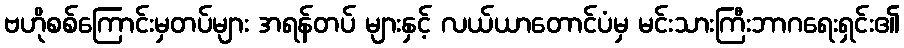
ဗဟိုစစ်ကြောင်းမှတပ်များ အရန်တပ် များနှင့် လယ်ယာတောင်ပံမှ မင်းသားကြီးဘာဂရေးရှင်း၏